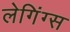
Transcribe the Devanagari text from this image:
लेगिंग्स